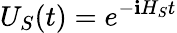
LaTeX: U_{S}(t)=e^{-\mathbf{i}H_{S}t}